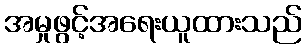
အမှုဖွင့်အရေးယူထားသည်